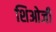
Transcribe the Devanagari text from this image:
शिओजी